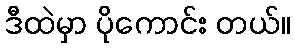
ဒီထဲမှာ ပိုကောင်း တယ်။